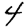
Digit: 4